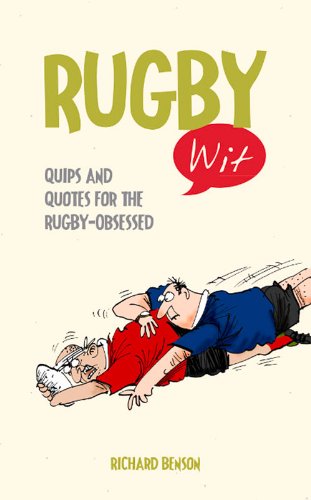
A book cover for Rugby Wit: Quips and Quotes for the Rugby-Obsessed (Witwit); Richard Benson; Sports & Outdoors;